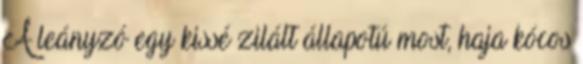
A leányzó egy kissé zilált állapotú most, haja kócos